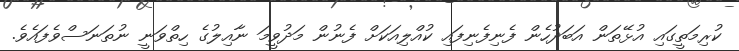
ކުރިމަތީގައި އުޅޭތަން އަބަދުހެން ފެނިފެނިފައި ކުއްލިއަކަށް ފެނުން މަދުވީމަ ނާއިލުގެ ހިތްވަނީ ނުތަނަސްވެފައެވެ.